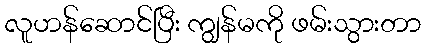
လူဟန်ဆောင်ပြီး ကျွန်မကို ဖမ်းသွားတာ